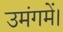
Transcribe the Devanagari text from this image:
उमंगमें।